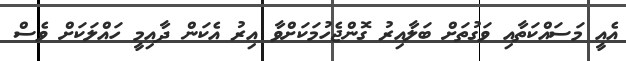
އެއީ މަސައްކަތާއި ވަގުތަށް ބަލާއިރު ގޮންޖެހުމަކަށްވާ އިރު އެކަން ދާއިމީ ހައްލަކަށް ވެސް